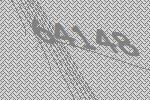
64148